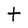
Character: t